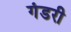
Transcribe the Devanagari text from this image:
गंडरी